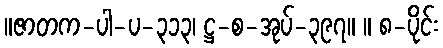
။ဇာတက-ပါ-ပ-၃၁၃၊ ဋ္ဌ-စ-အုပ်-၃၉၇။ ။ ၈-ပိုင်း